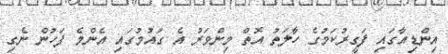
އިންޑިއާގައި ފަގީރުކަމުގެ ހާލަތު އޮތް މިންވަރު އެ ގައުމުގައި އެންމެ ފަހުން ނެގި